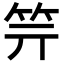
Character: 𥫶